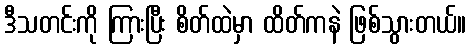
ဒီသတင်းကို ကြားပြီး စိတ်ထဲမှာ ထိတ်ကနဲ ဖြစ်သွားတယ်။